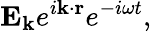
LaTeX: \mathbf{E_{k}}e^{i\mathbf{k\cdot r}}e^{-i\omega t},